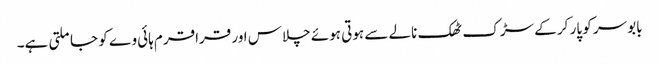
بابوسر کو پار کر کے سڑک ٹھک نالے سے ہوتی ہوئے چلاس اور قراقرم ہائی وے کو جا ملتی ہے۔